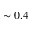
\sim 0 . 4